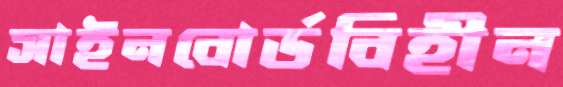
সাইনবোর্ডবিহীন